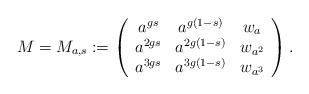
LaTeX: \begin{align*}M=M_{a,s}:=\left(\begin{array}{ccc}a^{gs} & a^{g(1-s)} & w_a\\a^{2gs} & a^{2g(1-s)} & w_{a^2}\\a^{3gs} & a^{3g(1-s)} & w_{a^3}\\\end{array}\right).\end{align*}